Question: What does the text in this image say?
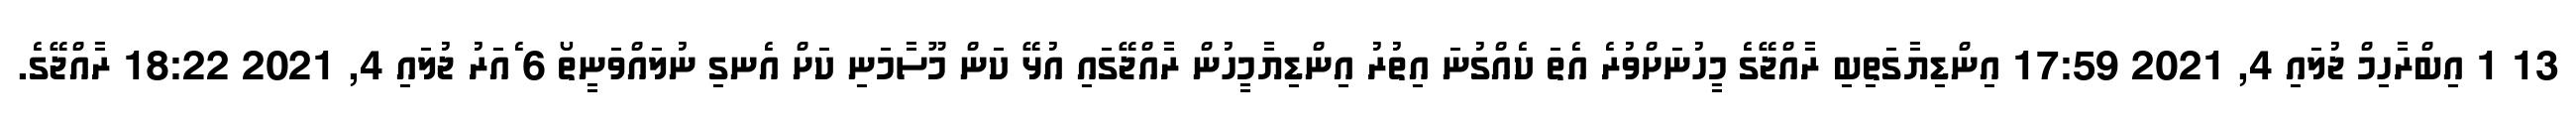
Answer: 13 1 އިބްރާހިމް ޖުލައި 4, 2021 17:59 އިންޑިޔާގަތިބި ރާއްޖޭގެ މީހުނަށްވުރެ އެތަ ކެއްގުނަ އިތުރު އިންޑިޔާމީހުން ރާއްޖޭގައި އުޅޭ ކަން މޫސާމަނި ކަށް އެނގި ނުލައްވަނީތޯ 6 ެއަރު ޖުލައި 4, 2021 18:22 ރާއްޖޭގެ.